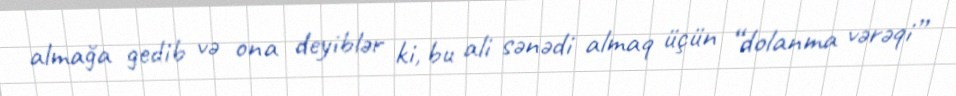
almağa gedib və ona deyiblər ki, bu ali sənədi almaq üçün “dolanma vərəqi”